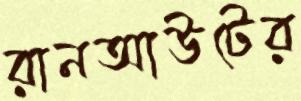
রানআউটের